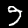
Digit: 9